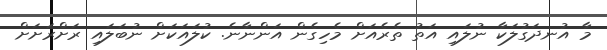
މާ އުނދަގުލަކާ ނުލައި އަތު ތެރެއަށް މެހިގެން އަންނާނެ. ކުލައަކަށް ނުބަލައި ރަށްރަށަށް